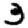
Digit: 3